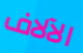
الآلاف